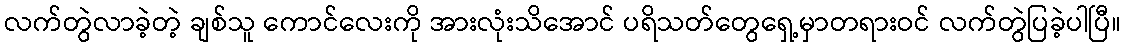
လက်တွဲလာခဲ့တဲ့ ချစ်သူ ကောင်လေးကို အားလုံးသိအောင် ပရိသတ်တွေရှေ့မှာတရားဝင် လက်တွဲပြခဲ့ပါပြီ။